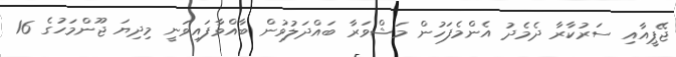
ޖޭޕީއާއި ސަރުކާރާ ދެމެދު އެންމެފަހުން މަޝްވަރާ ބައްދަލުވުން ބާއްވާފައިވަނީ މިދިޔަ ޖޫންމަހުގެ 16